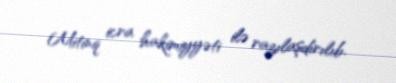
Mitinq icra hakimiyyəti ilə razılaşdırılıb.